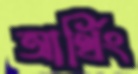
আর্থিং